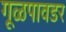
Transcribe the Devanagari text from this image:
गूळपावडर